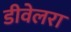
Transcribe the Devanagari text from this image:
डीवेलरा